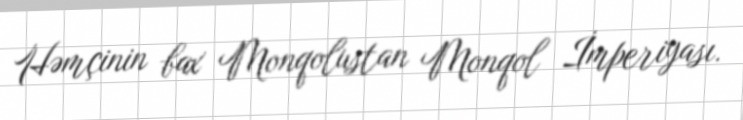
Həmçinin bax Monqolustan Monqol İmperiyası.